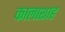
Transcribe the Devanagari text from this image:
कालाशाह